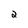
Character: 2